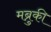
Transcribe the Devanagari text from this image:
मब्रुकी